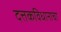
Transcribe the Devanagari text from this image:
दत्तकविधानाचा